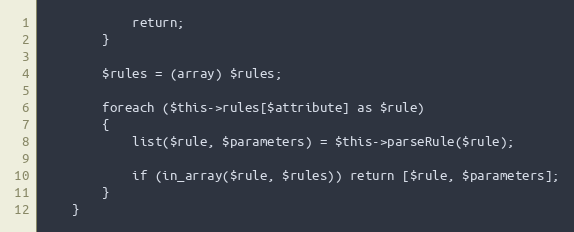
Language: PHP
			return;
		}

		$rules = (array) $rules;

		foreach ($this->rules[$attribute] as $rule)
		{
			list($rule, $parameters) = $this->parseRule($rule);

			if (in_array($rule, $rules)) return [$rule, $parameters];
		}
	}